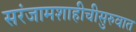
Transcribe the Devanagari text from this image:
सरंजामशाहीचीसुरुवात